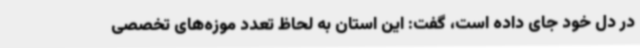
در دل خود جای داده است، گفت: این استان به لحاظ تعدد موزه‌های تخصصی